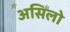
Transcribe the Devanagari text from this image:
असिलो